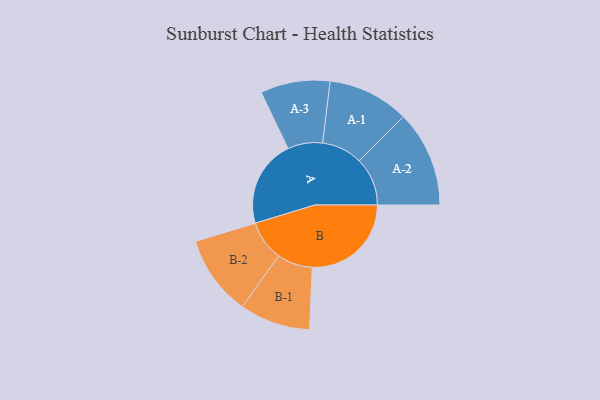
{"axis": {"x": "Segment", "y": "Value"}, "legend": ["", "A", "B"], "data": [{"x": "A", "y": 293, "type": ""}, {"x": "B", "y": 333, "type": ""}, {"x": "A-1", "y": 137, "type": "A"}, {"x": "A-2", "y": 162, "type": "A"}, {"x": "A-3", "y": 117, "type": "A"}, {"x": "B-1", "y": 119, "type": "B"}, {"x": "B-2", "y": 135, "type": "B"}]}